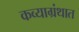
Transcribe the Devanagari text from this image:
कव्याग्रंथात